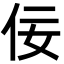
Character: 佞